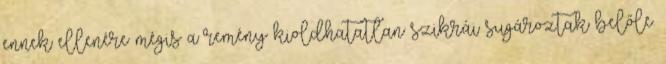
ennek ellenére mégis a remény kioldhatatlan szikrái sugároztak belőle.